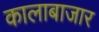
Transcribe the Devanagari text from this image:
कालाबाजार